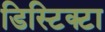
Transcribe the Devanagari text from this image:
डिस्टिक्टा